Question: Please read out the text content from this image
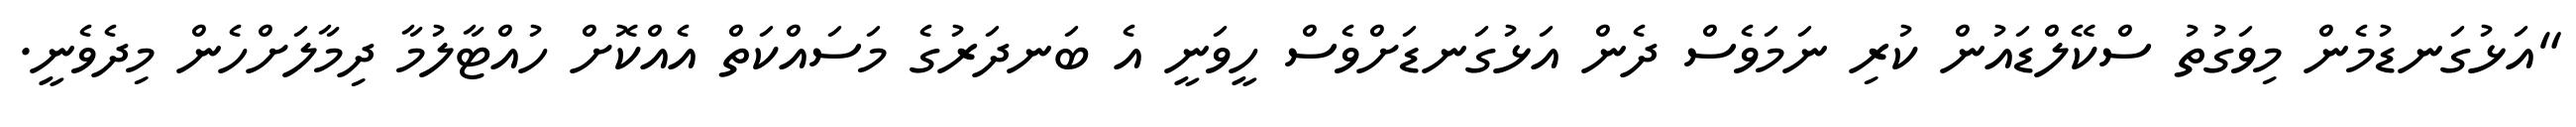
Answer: "އަޅުގަނޑުމެން މިވަގުތު ސްކޭލްޑައުން ކުރި ނަމަވެސް ދެން އަޅުގަނޑަށްވެސް ހީވަނީ އެ ބަނދަރުގެ މަސައްކަތް އެއްކޮށް ހުއްޓާލުމާ ދިމާލަށްހެން މިދެވެނީ.